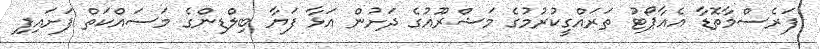
ފަރެސްމާތޮޑާ އެއާޕޯޓު ތަރައްގީކުރުމުގެ މަޝްރޫއުގެ ދަށުން އަޅާ ފަޔާ ބިލްޑިންގެ މަސައްކަތް ފަށައިފި